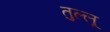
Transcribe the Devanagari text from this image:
तुल्लू